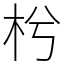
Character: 枍